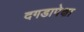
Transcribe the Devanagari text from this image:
दगडापेक्षा